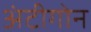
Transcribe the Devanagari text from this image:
अंटीगोन